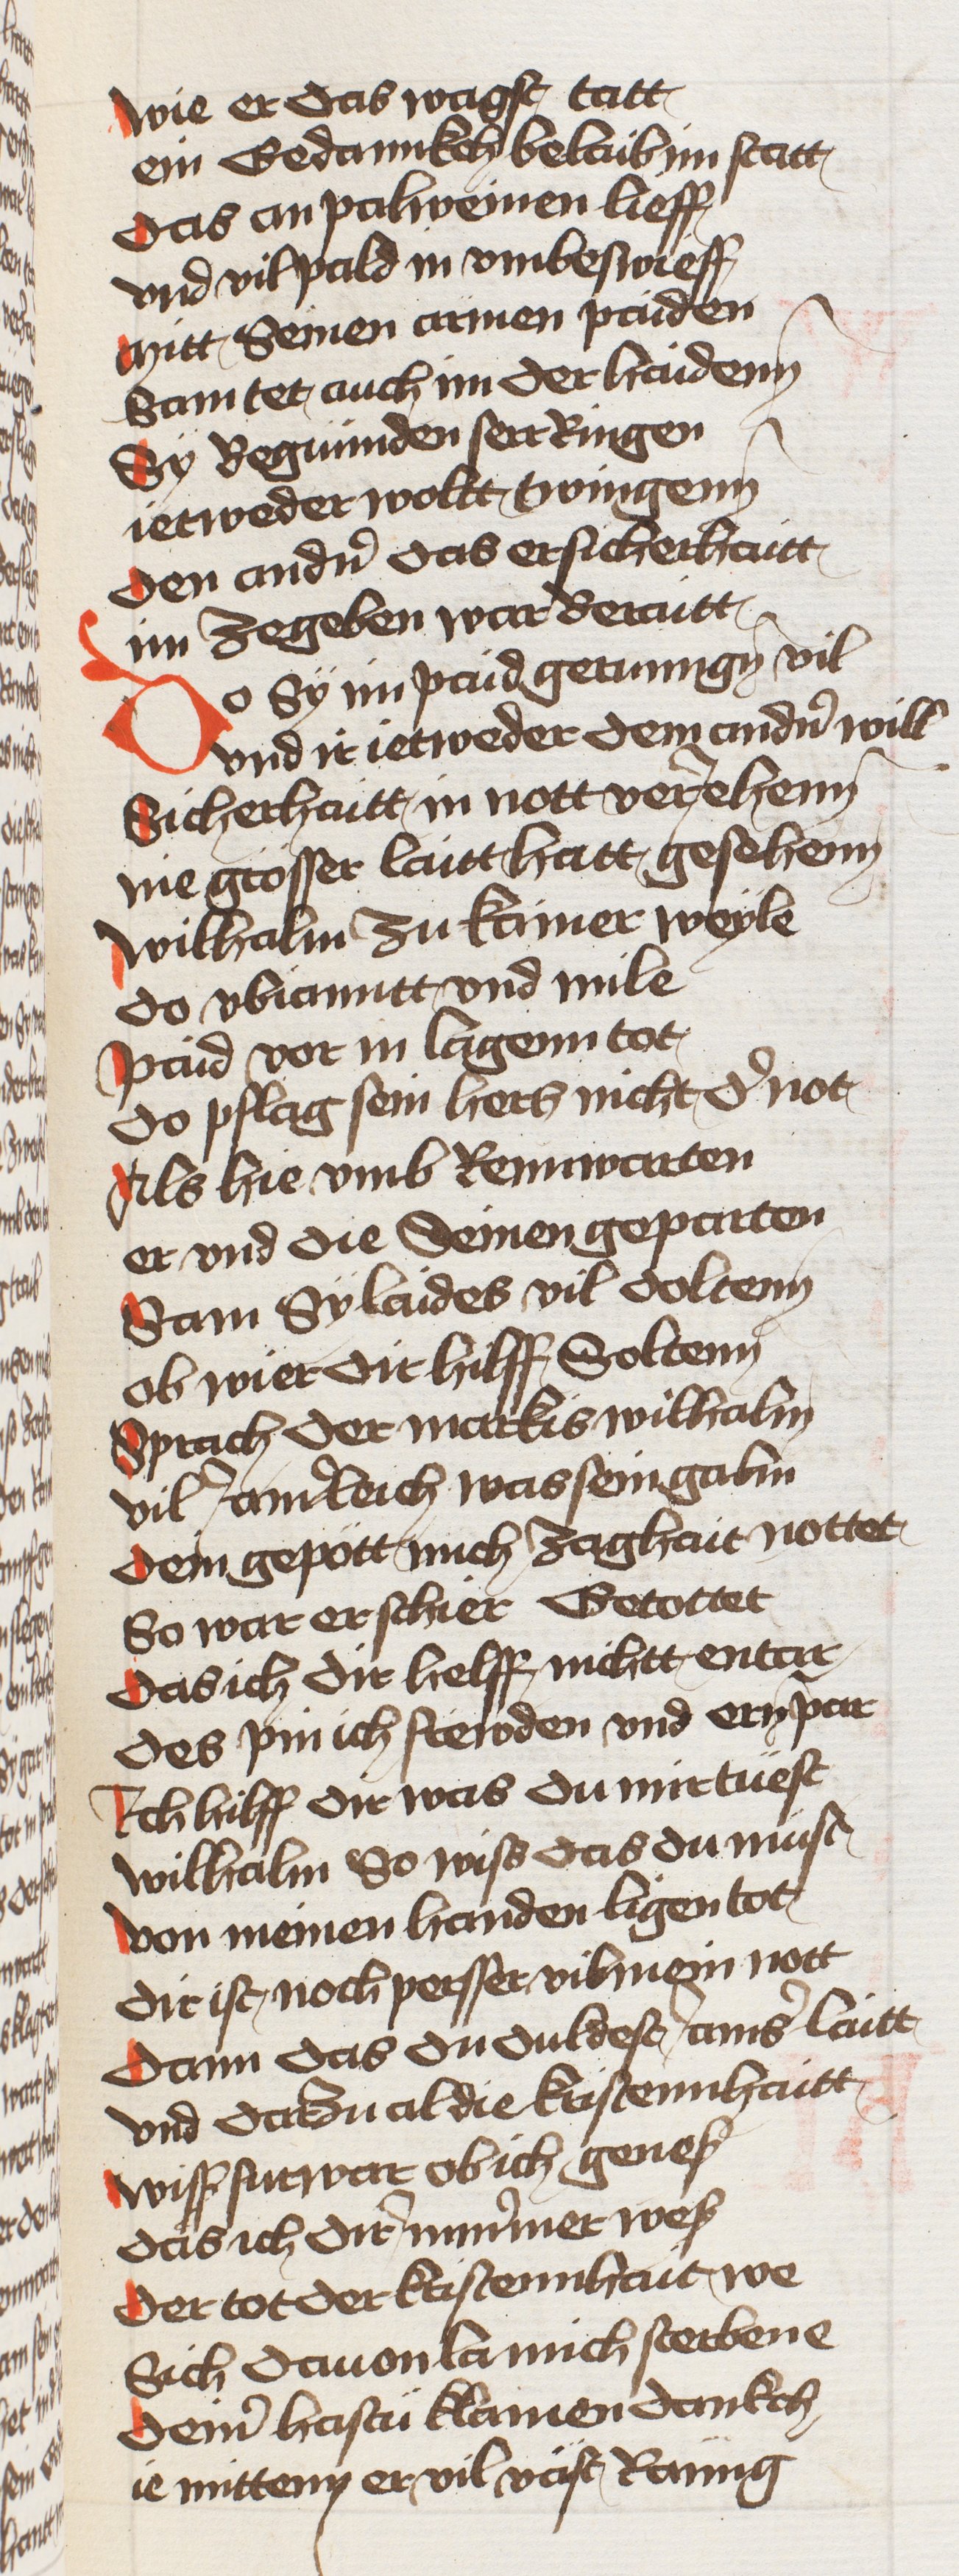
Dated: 1433–1466